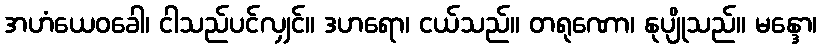
အဟံယေဝခေါ၊ ငါသည်ပင်လျှင်။ ဒဟရော၊ ငယ်သည်။ တရုဏော၊ နုပျိုသည်။ မန္ဒော၊